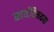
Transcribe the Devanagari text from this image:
कार्यविषयक